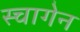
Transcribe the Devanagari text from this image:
स्चागेन